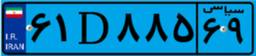
۹۶D۶۰۵۴۴